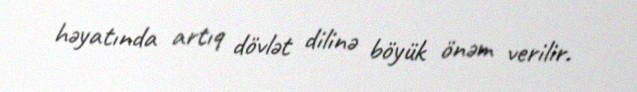
həyatında artıq dövlət dilinə böyük önəm verilir.